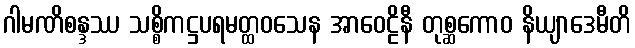
ဂါမဏိစန္ဒဿ သစ္စိကဋ္ဌပရမတ္ထဝသေန အာဝေဠိနီ တုစ္ဆကောဝ နိယျာဒေမီတိ